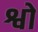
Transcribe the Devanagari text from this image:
श्वो